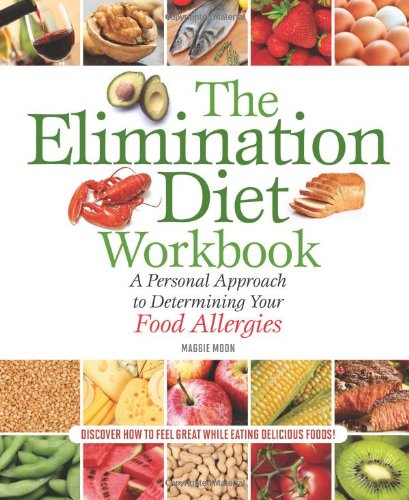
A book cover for The Elimination Diet Workbook: A Personal Approach to Determining Your Food Allergies; Maggie Moon; Health, Fitness & Dieting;